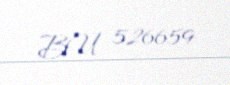
BU 526659